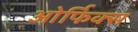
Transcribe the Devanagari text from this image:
ओर्फिक्स